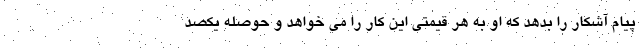
پیام آشکار را بدهد که او به هر قیمتی این کار را می خواهد و حوصله یکصد